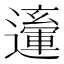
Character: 𨘙